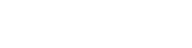
ကလေးများအပေါ်